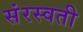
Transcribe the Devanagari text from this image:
संरस्वती